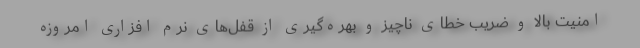
امنیت بالا و ضریب خطای ناچیز و بهره‌گیری از قفل‌های نرم افزاری امروزه